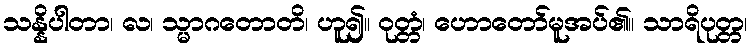
သန္နိပါတာ၊ လ၊ သ္မာဂတောတိ၊ ဟူ၍။ ဝုတ္တံ၊ ဟောတော်မူအပ်၏။ သာရိပုတ္တ၊